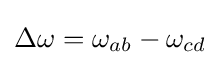
\Delta \omega =\omega _{ab}-\omega _{cd}